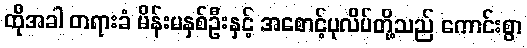
ထိုအခါ တရားခံ မိန်းမနှစ်ဦးနှင့် အစောင့်ပုလိပ်တို့သည် ကောင်းစွာ